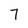
Character: 7